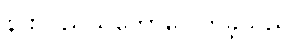
နားလည်သဘောပေါက်ခဲ့သည်